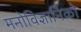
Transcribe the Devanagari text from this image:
मनोविज्ञानिको